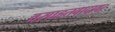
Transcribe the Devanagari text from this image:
वसाहतवादावर